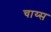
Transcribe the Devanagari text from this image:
चाय्स